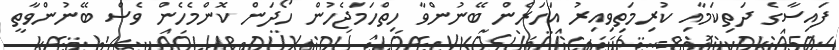
ފައިސާގެ ދަތިކަމާއި ކުރިމަތިވިއިރު އަހަރެން ބޭނުންވާ ހިތްހަމަޖެހުން ހޯދަން ކޮންމެހެން ވެސް ބޭނުންވާތީ